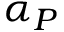
\alpha _ { P }